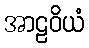
အာဠဝိယံ